Indian journal of veterinary science and animal husbandry - Volumes 18-21, 1948-1951
Year: 1948
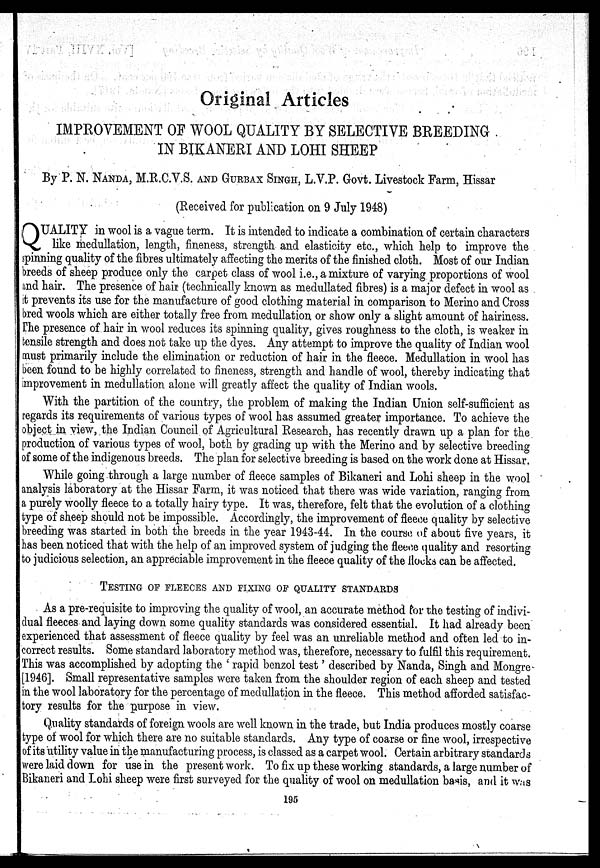
Original Articles
IMPROVEMENT OF WOOL QUALITY BY SELECTIVE BREEDING
IN BIKANERI AND LOHI SHEEP
By P. N. NANDA, M.R.C.V.S. AND GURBAX SINGH, L.V.P. Govt. Livestock Farm, Hissar
(Received for publication on 9 July 1948)
Q UALITY in wool is a vague term. It is intended to indicate a combination of certain characters
like medullation, length, fineness, strength and elasticity etc., which help to improve the
spinning quality of the fibres ultimately affecting the merits of the finished cloth. Most of our Indian
breeds of sheep produce only the carpet class of wool i.e., a mixture of varying proportions of wool
and hair. The presence of hair (technically known as medullated fibres) is a major defect in wool as
it prevents its use for the manufacture of good clothing material in comparison to Merino and Cross
bred wools which are either totally free from medullation or show only a slight amount of hairiness.
The presence of hair in wool reduces its spinning quality, gives roughness to the cloth, is weaker in
tensile strength and does not take up the dyes. Any attempt to improve the quality of Indian wool
must primarily include the elimination or reduction of hair in the fleece. Medullation in wool has
been found to be highly correlated to fineness, strength and handle of wool, thereby indicating that
improvement in medullation alone will greatly affect the quality of Indian wools.
With the partition of the country, the problem of making the Indian Union self-sufficient as
regards its requirements of various types of wool has assumed greater importance. To achieve the
object in view, the Indian Council of Agricultural Research, has recently drawn up a plan for the
production of various types of wool, both by grading up with the Merino and by selective breeding
of some of the indigenous breeds. The plan for selective breeding is based on the work done at Hissar.
While going through a large number of fleece samples of Bikaneri and Lohi sheep in the wool
analysis laboratory at the Hissar Farm, it was noticed that there was wide variation, ranging from
a purely woolly fleece to a totally hairy type. It was, therefore, felt that the evolution of a clothing
type of sheep should not be impossible. Accordingly, the improvement of fleece quality by selective
breeding was started in both the breeds in the year 1943-44. In the course of about five years, it
has been noticed that with the help of an improved system of judging the fleece quality and resorting
to judicious selection, an appreciable improvement in the fleece quality of the flocks can be affected.
TESTING OF FLEECES AND FIXING OF QUALITY STANDARDS
As a pre-requisite to improving the quality of wool, an accurate method for the testing of indivi-
dual fleeces and laying down some quality standards was considered essential. It had already been
experienced that assessment of fleece quality by feel was an unreliable method and often led to in-
correct results. Some standard laboratory method was, therefore, necessary to fulfil this requirement.
This was accomplished by adopting the ' rapid benzol test ' described by Nanda, Singh and Mongre-
[1946]. Small representative samples were taken from the shoulder region of each sheep and tested
in the wool laboratory for the percentage of medullation in the fleece. This method afforded satisfac-
tory results for the purpose in view.
Quality standards of foreign wools are well known in the trade, but India produces mostly coarse
type of wool for which there are no suitable standards. Any type of coarse or fine wool, irrespective
of its utility value in the manufacturing process, is classed as a carpet wool. Certain arbitrary standards
were laid down for use in the present work. To fix up these working standards, a large number of
Bikaneri and Lohi sheep were first surveyed for the quality of wool on medullation basis, and it was
195